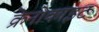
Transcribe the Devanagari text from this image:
क्रेनोकाइट